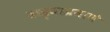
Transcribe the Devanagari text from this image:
कड्याप्रमाणे